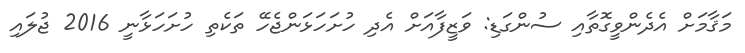
މަޤާމަށް އެދެންވީގޮތާއި ސުންގަޑި: ވަޒީފާއަށް އެދި ހުށަހަޅަންޖެހޭ ތަކެތި ހުށަހަޅާނީ 2016 ޖުލައި